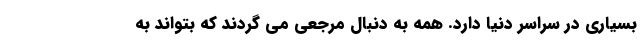
بسیاری در سراسر دنیا دارد. همه به دنبال مرجعی می گردند که بتواند به